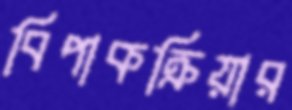
বিপাকক্রিয়ার